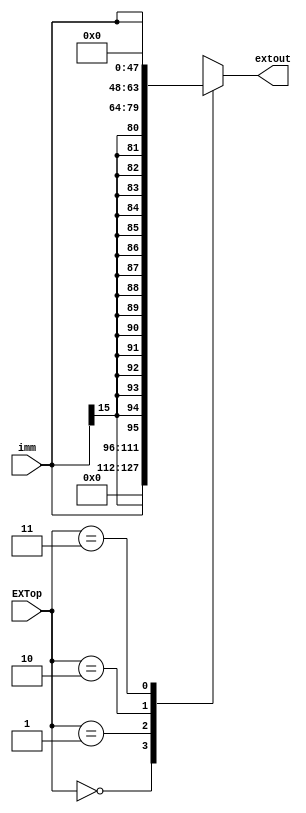
`timescale 1ns / 1ps
//////////////////////////////////////////////////////////////////////////////////
// Company: 
// Engineer: 
// 
// Design Name: 
// Module Name:    EXT 
// Project Name: 
// Target Devices: 
// Tool versions: 
// Description: 
//
// Dependencies: 
//
// Revision: 
// Revision 0.01 - File Created
// Additional Comments: 
//
//////////////////////////////////////////////////////////////////////////////////
module EXT(
	input [15:0] imm,
	input [1:0] EXTop,
	output reg [31:0] extout
    );
	
	always @(*) begin
		case(EXTop)
		2'b00: extout={ {16{1'b0}},imm };
		2'b01: extout={ {16{imm[15]}},imm };
		2'b10: extout={ imm,{16{1'b0}} };
		2'b11: extout=0;
		default: extout=0;
		endcase
	end

endmodule